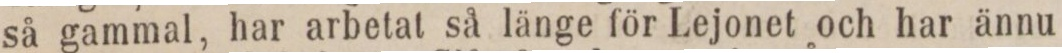
så gammal, har arbetat så länge för Lejonet och har ännu